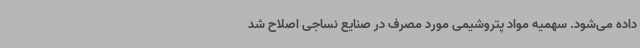
داده می‌شود. سهمیه مواد پتروشیمی مورد مصرف در صنایع نساجی اصلاح شد